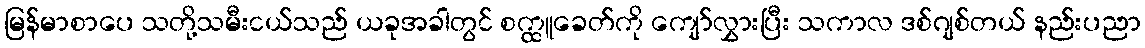
မြန်မာစာပေ သတို့သမီးငယ်သည် ယခုအခါတွင် စက္ထူခေတ်ကို ကျော်လွှားပြီး သကာလ ဒစ်ဂျစ်တယ် နည်းပညာ